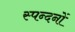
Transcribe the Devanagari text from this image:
स्पन्दनों